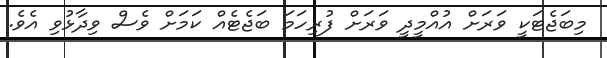
މިބަޖެޓަކީ ވަރަށް އުއްމީދީ ވަރަށް ފުރިހަމަ ބަޖެޓެއް ކަމަށް ވެސް ވިދާޅުވި އެވެ.